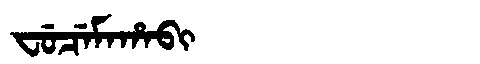
Manchu: ᠸᡠᠴᡝᠮᠠᡥᠠᠪᡳ
Romanization: FUCEMAHABI